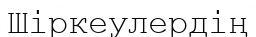
Шіркеулердің